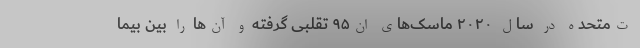
ت‌متحده در سال ۲۰۲۰ ماسک‌های ان۹۵ تقلبی گرفته و آن‌ها را بین بیما